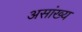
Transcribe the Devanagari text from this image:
असांख्य